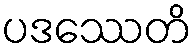
ပဒဿေတိ